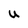
Character: U